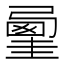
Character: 𡐲